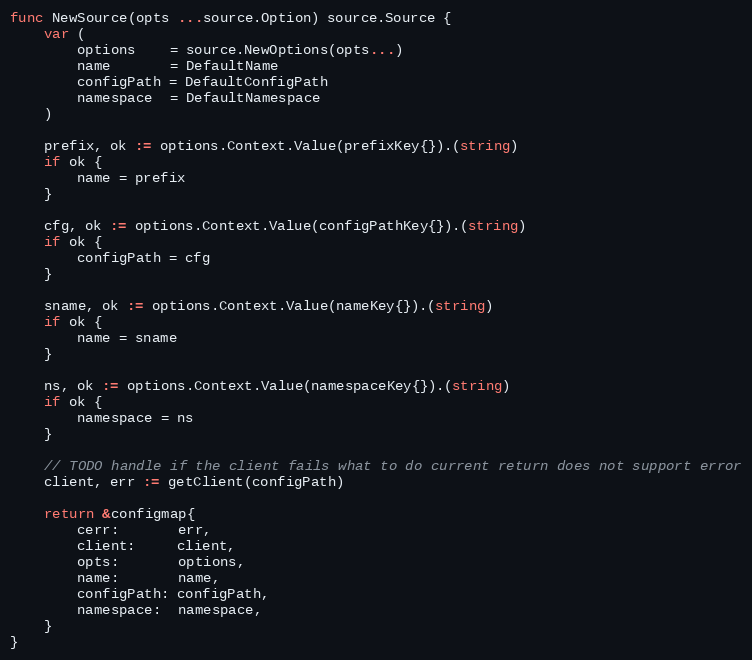
Language: Go
func NewSource(opts ...source.Option) source.Source {
	var (
		options    = source.NewOptions(opts...)
		name       = DefaultName
		configPath = DefaultConfigPath
		namespace  = DefaultNamespace
	)

	prefix, ok := options.Context.Value(prefixKey{}).(string)
	if ok {
		name = prefix
	}

	cfg, ok := options.Context.Value(configPathKey{}).(string)
	if ok {
		configPath = cfg
	}

	sname, ok := options.Context.Value(nameKey{}).(string)
	if ok {
		name = sname
	}

	ns, ok := options.Context.Value(namespaceKey{}).(string)
	if ok {
		namespace = ns
	}

	// TODO handle if the client fails what to do current return does not support error
	client, err := getClient(configPath)

	return &configmap{
		cerr:       err,
		client:     client,
		opts:       options,
		name:       name,
		configPath: configPath,
		namespace:  namespace,
	}
}